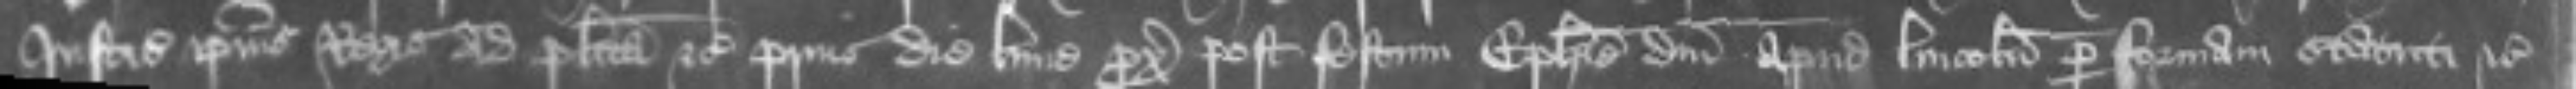
Justiciariorum ipsius Regis ad placita etc prius die Lune proxima post festum Epiphanie domini apud Lincolniam per formam statuti etc